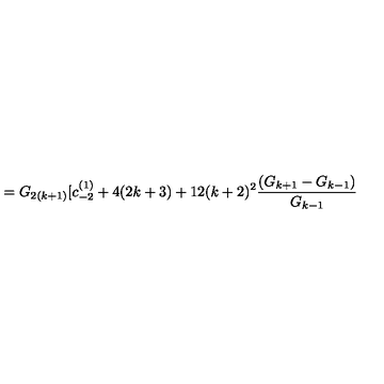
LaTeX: = G _ { 2 ( k + 1 ) } [ c _ { - 2 } ^ { ( 1 ) } + 4 ( 2 k + 3 ) + 1 2 ( k + 2 ) ^ { 2 } \frac { ( G _ { k + 1 } - G _ { k - 1 } ) } { G _ { k - 1 } }